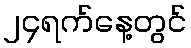
၂၄ရက်နေ့တွင်